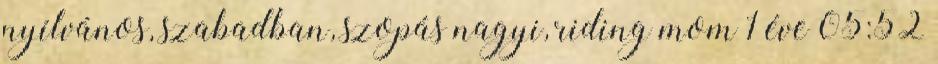
nyílvános, szabadban, szopás nagyi, riding mom 1 éve 05:52